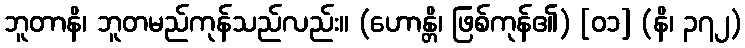
ဘူတာနိ၊ ဘူတမည်ကုန်သည်လည်း။ (ဟောန္တိ၊ ဖြစ်ကုန်၏) [၀၁] (နိ၊ ၃၇၂)